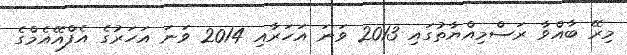
މިރޭ ބާއްވާ ރަސްމިއްޔާތުގައި 2013 ވަނަ އަހަރާއި 2014 ވަނަ އަހަރުގެ އެފްއޭއެމްގެ